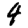
Digit: 4